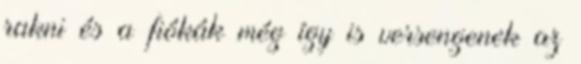
rakni és a fiókák még így is versengenek az